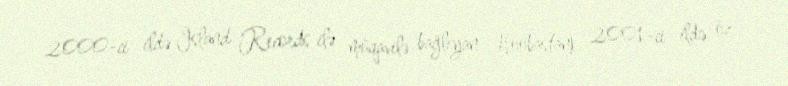
2000-ci ildə Island Records ilə müqavilə bağlıyan Hoobastank, 2001-ci ildə öz